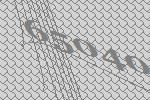
65040